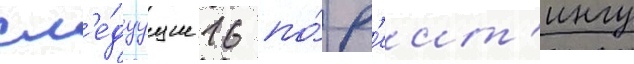
сл'е́дуущие 16 по́ р'еит'ингу